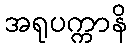
အရုပက္ကာနိ